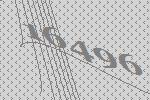
16496